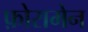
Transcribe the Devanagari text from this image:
फ़ोरामेन